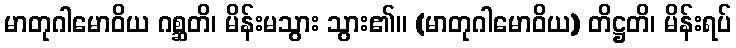
မာတုဂါမောဝိယ ဂစ္ဆတိ၊ မိန်းမသွား သွား၏။ (မာတုဂါမောဝိယ) တိဋ္ဌတိ၊ မိန်းရပ်